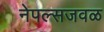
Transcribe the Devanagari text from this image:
नेपल्सजवळ